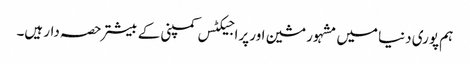
ہم پوری دنیا میں مشہور مشین اور پراجیکٹس کمپنی کے بیشتر حصہ دار ہیں۔